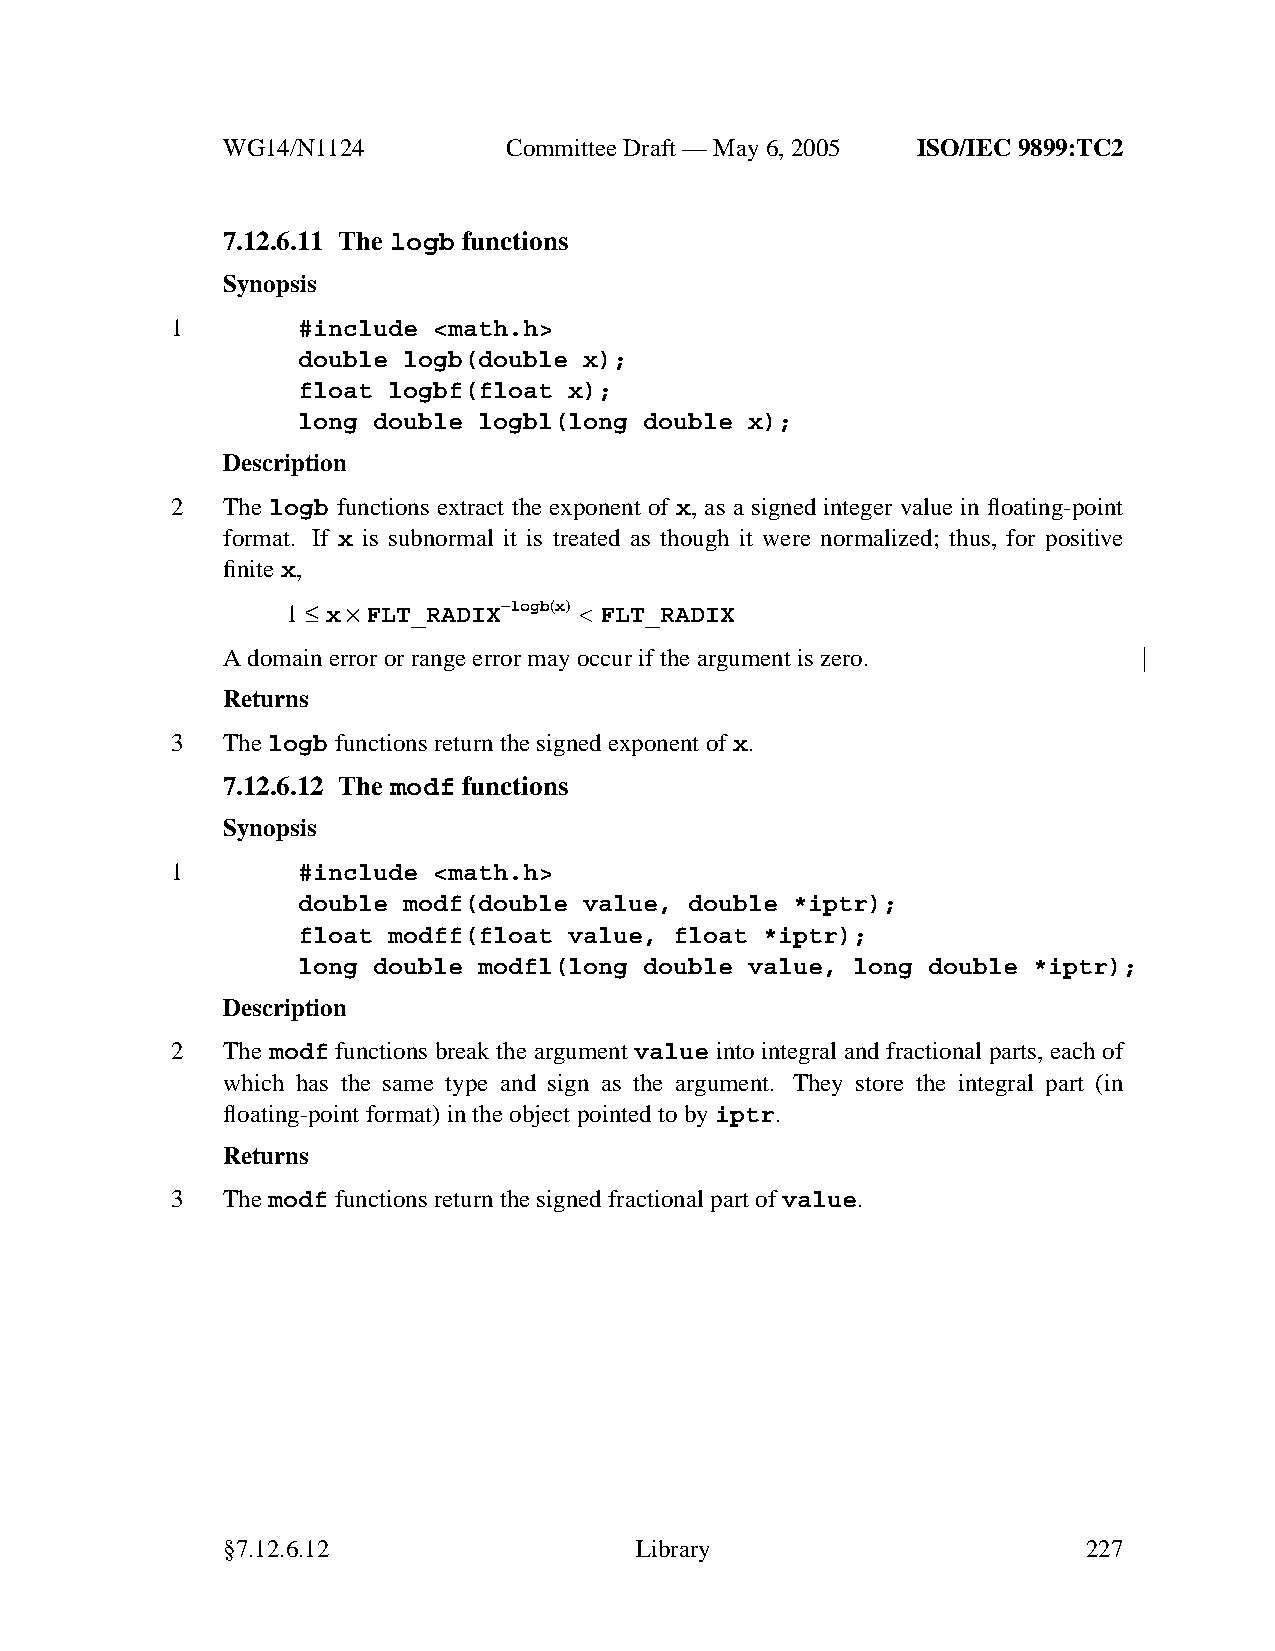
WG14/N1124        CommitteeDraft — May 6, 2005 ISO/IEC 9899:TC2
 7.12.6.11 The logb functions
 Synopsis
 1        #include <math.h>
 double logb(double x);
 float logbf(float x);
 long double logbl(long double x);
 Description
 2   The logb functions extract the exponent of x, as a signed integer value in floating-point
 format. If x is subnormal it is treated as though it were normalized; thus, for positive
 finitex,
 1 ≤ x×FLT_RADIX−logb(x) < FLT_RADIX
 Adomain error or range error may occur if the argument is zero.
 Returns
 3   Thelogb functions return the signed exponent ofx.
 7.12.6.12 The modf functions
 Synopsis
 1        #include <math.h>
 double modf(double value, double *iptr);
 float modff(float value, float *iptr);
 long double modfl(long double value, long double *iptr);
 Description
 2   The modf functions break the argument value into integral and fractional parts, each of
 which has the same type and sign as the argument. They store the integral part (in
 floating-point format) in the object pointed to byiptr.
 Returns
 3   Themodf functions return the signed fractional part ofvalue.
 §7.12.6.12                 Library                       227